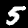
Digit: 5